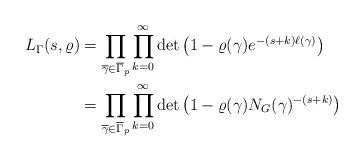
LaTeX: \begin{align*}L_{\Gamma}(s, \varrho) & = \prod_{\overline{\gamma}\in \overline{\Gamma}_{p}} \prod_{k=0}^{\infty} \det\left( 1-\varrho(\gamma)e^{-(s+k)\ell(\gamma)} \right)\\& = \prod_{\overline{\gamma}\in \overline{\Gamma}_{p}} \prod_{k=0}^{\infty} \det\left( 1-\varrho(\gamma)N_G(\gamma)^{-(s+k)} \right) \end{align*}